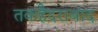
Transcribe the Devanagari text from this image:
तकहैदराबाद